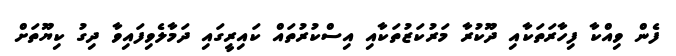
ފެން ވިއްކާ ފިހާރަތަކާއި ދޫކުރާ މަރުކަޒުތަކާއި އިސްކުރުތައް ކައިރީގައި ދަމާލެވިފައިވާ ދިގު ކިޔޫތަށް